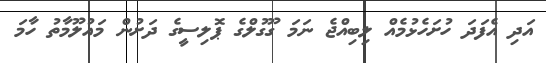
އަދި އެފަދަ ހުށަހެޅުމެއް ލިބިއްޖެ ނަމަ ގޫގުލްގެ ޕޮލިސީގެ ދަށުން މައުލޫމާތު ހާމަ